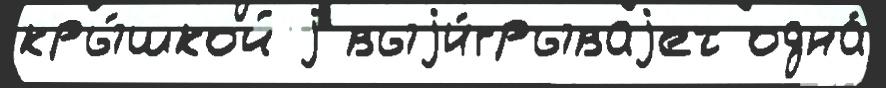
кры́шкой j выjи́грываjет одна́